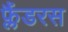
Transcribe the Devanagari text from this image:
फ्लैंडरस